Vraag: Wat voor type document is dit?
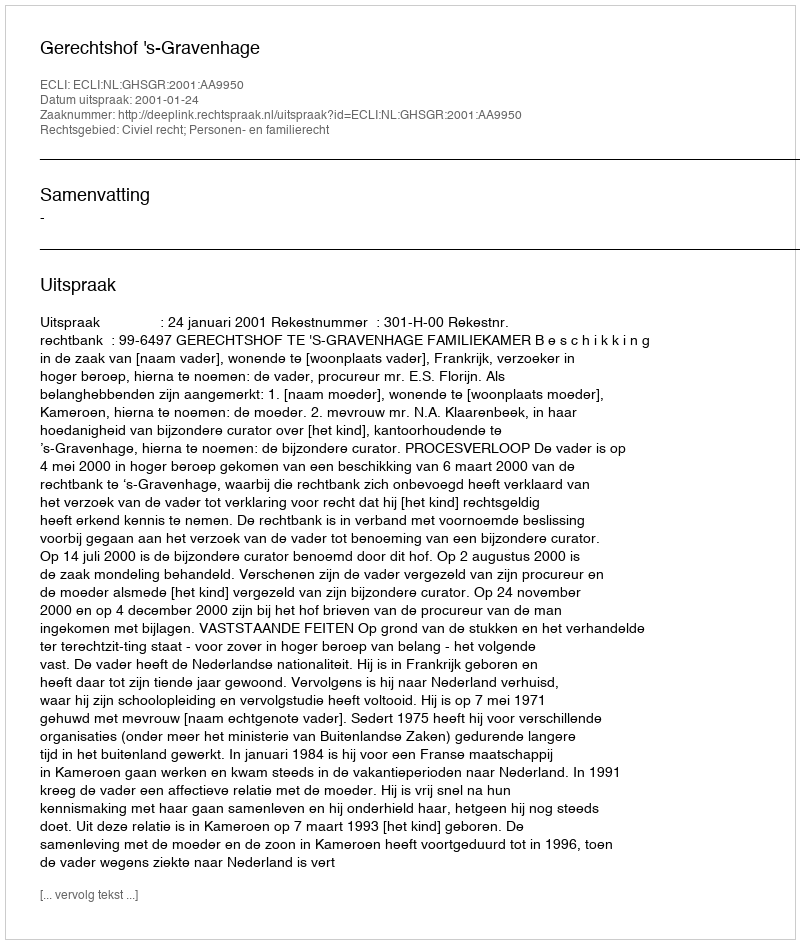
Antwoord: Uitspraak